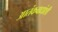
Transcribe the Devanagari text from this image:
आतंकवाद्यांशी